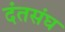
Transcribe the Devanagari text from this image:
दंतसंघ